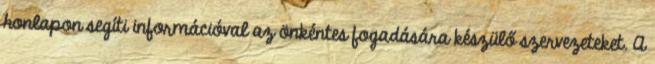
honlapon segíti információval az önkéntes fogadására készülő szervezeteket. A